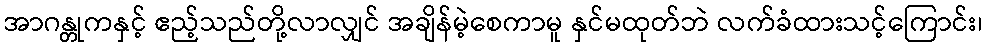
အာဂန္တုကနှင့် ဧည့်သည်တို့လာလျှင် အချိန်မဲ့စေကာမူ နှင်မထုတ်ဘဲ လက်ခံထားသင့်ကြောင်း၊